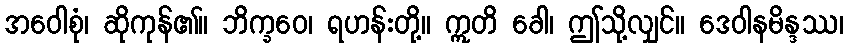
အဝေါစုံ၊ ဆိုကုန်၏။ ဘိက္ခဝေ၊ ရဟန်းတို့။ ဣတိ ခေါ၊ ဤသို့လျှင်။ ဒေဝါနမိန္ဒဿ၊